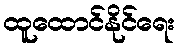
ထူထောင်နိုင်ရေး